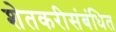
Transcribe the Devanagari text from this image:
शेतकरीसंबंधित